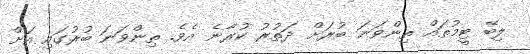
ލިބޭ ޓީމުތައް ތިންވަނަ ބުރަށް ދަތުރު ކުރާނެ އެވެ. ތިންވަނަ ބުރުގައި އަށް